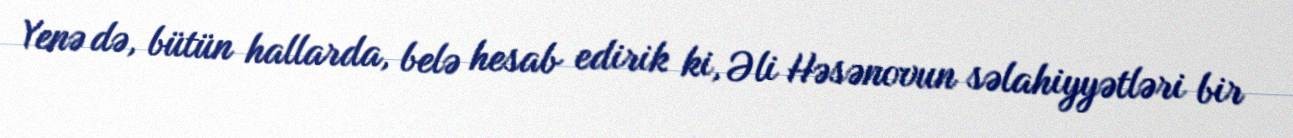
Yenə də, bütün hallarda, belə hesab edirik ki, Əli Həsənovun səlahiyyətləri bir